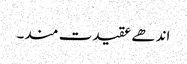
اندھے عقیدت مند۔